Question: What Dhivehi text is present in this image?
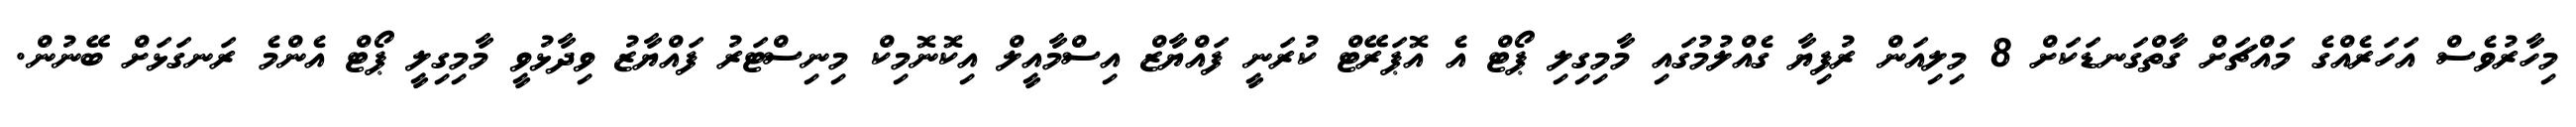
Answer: މިހާރުވެސް އަހަރެއްގެ މައްޗަށް ގާތްގަނޑަކަށް 8 މިލިއަން ރުފިޔާ ގެއްލުމުގައި މާމިގިލި ޕޯޓް އެ އޮޕަރޭޓް ކުރަނީ ފައްޔާޒް އިސްމާއީލް އިކޮނޮމިކް މިނިސްޓަރު ފައްޔާޒު ވިދާޅުވީ މާމިގިލީ ޕޯޓް އެންމެ ރަނގަޅަށް ބޭނުން.